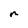
Character: n